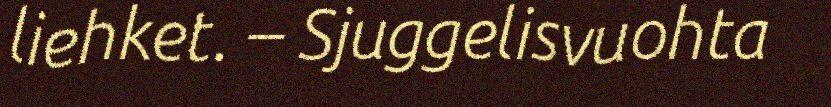
liehket. – Sjuggelisvuohta